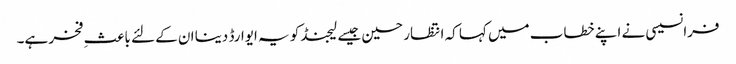
فرانسیسی نے اپنے خطاب میں کہا کہ انتظار حسین جیسے لیجنڈ کو یہ ایوارڈ دینا ان کے لئے باعثِ فخر ہے۔